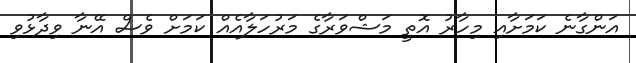
އަންގާނެ ކަމަށާއި މިހާރު އޮތީ މަޝްވަރާގެ މަރުހަލާއެއް ކަމަށް ވެސް އޭނާ ވިދާޅުވި